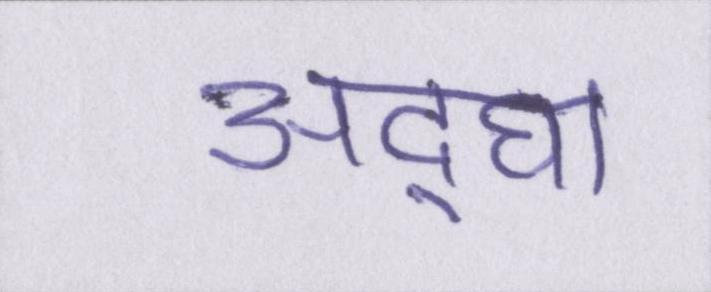
अ॒द्घा